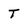
Character: T